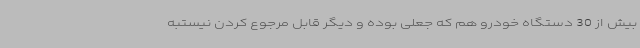
بیش از 30 دستگاه خودرو هم که جعلی بوده و دیگر قابل مرجوع کردن نیستبه